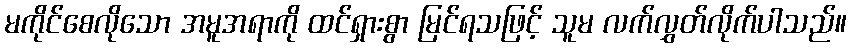
မကိုင်စေလိုသော အမူအရာကို ထင်ရှားစွာ မြင်ရသဖြင့် သူမ လက်လွှတ်လိုက်ပါသည်။